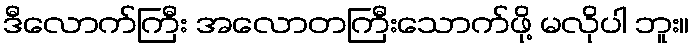
ဒီလောက်ကြီး အလောတကြီးသောက်ဖို့ မလိုပါ ဘူး။